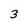
Character: 3